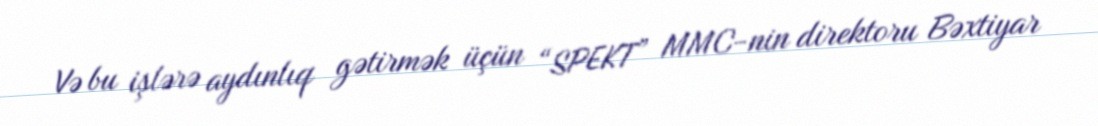
Və bu işlərə aydınlıq gətirmək üçün “SPEKT” MMC-nin direktoru Bəxtiyar